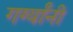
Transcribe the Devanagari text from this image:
गर्ग्यांनी